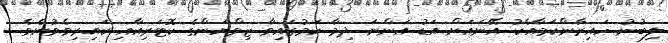
ލިބުނު ހައިރާންކަމާއެކު އޭނައަށް އަޑު އަންނަ ދިމާ ކަމުގައިވާ ޒިވްޔަންގެ ކޮޓަރިއާއި ކައިރިވެވުނެވެ.